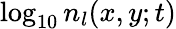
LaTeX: \log_{10}n_{l}(x,y;t)